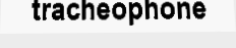
tracheophone